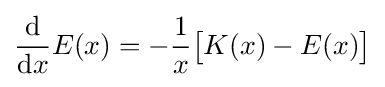
{\frac {\mathrm {d} }{\mathrm {d} x}}E(x)=-{\frac {1}{x}}{\bigl [}K(x)-E(x){\bigr ]}